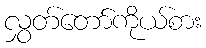
လွှတ်တော်ကိုယ်စား